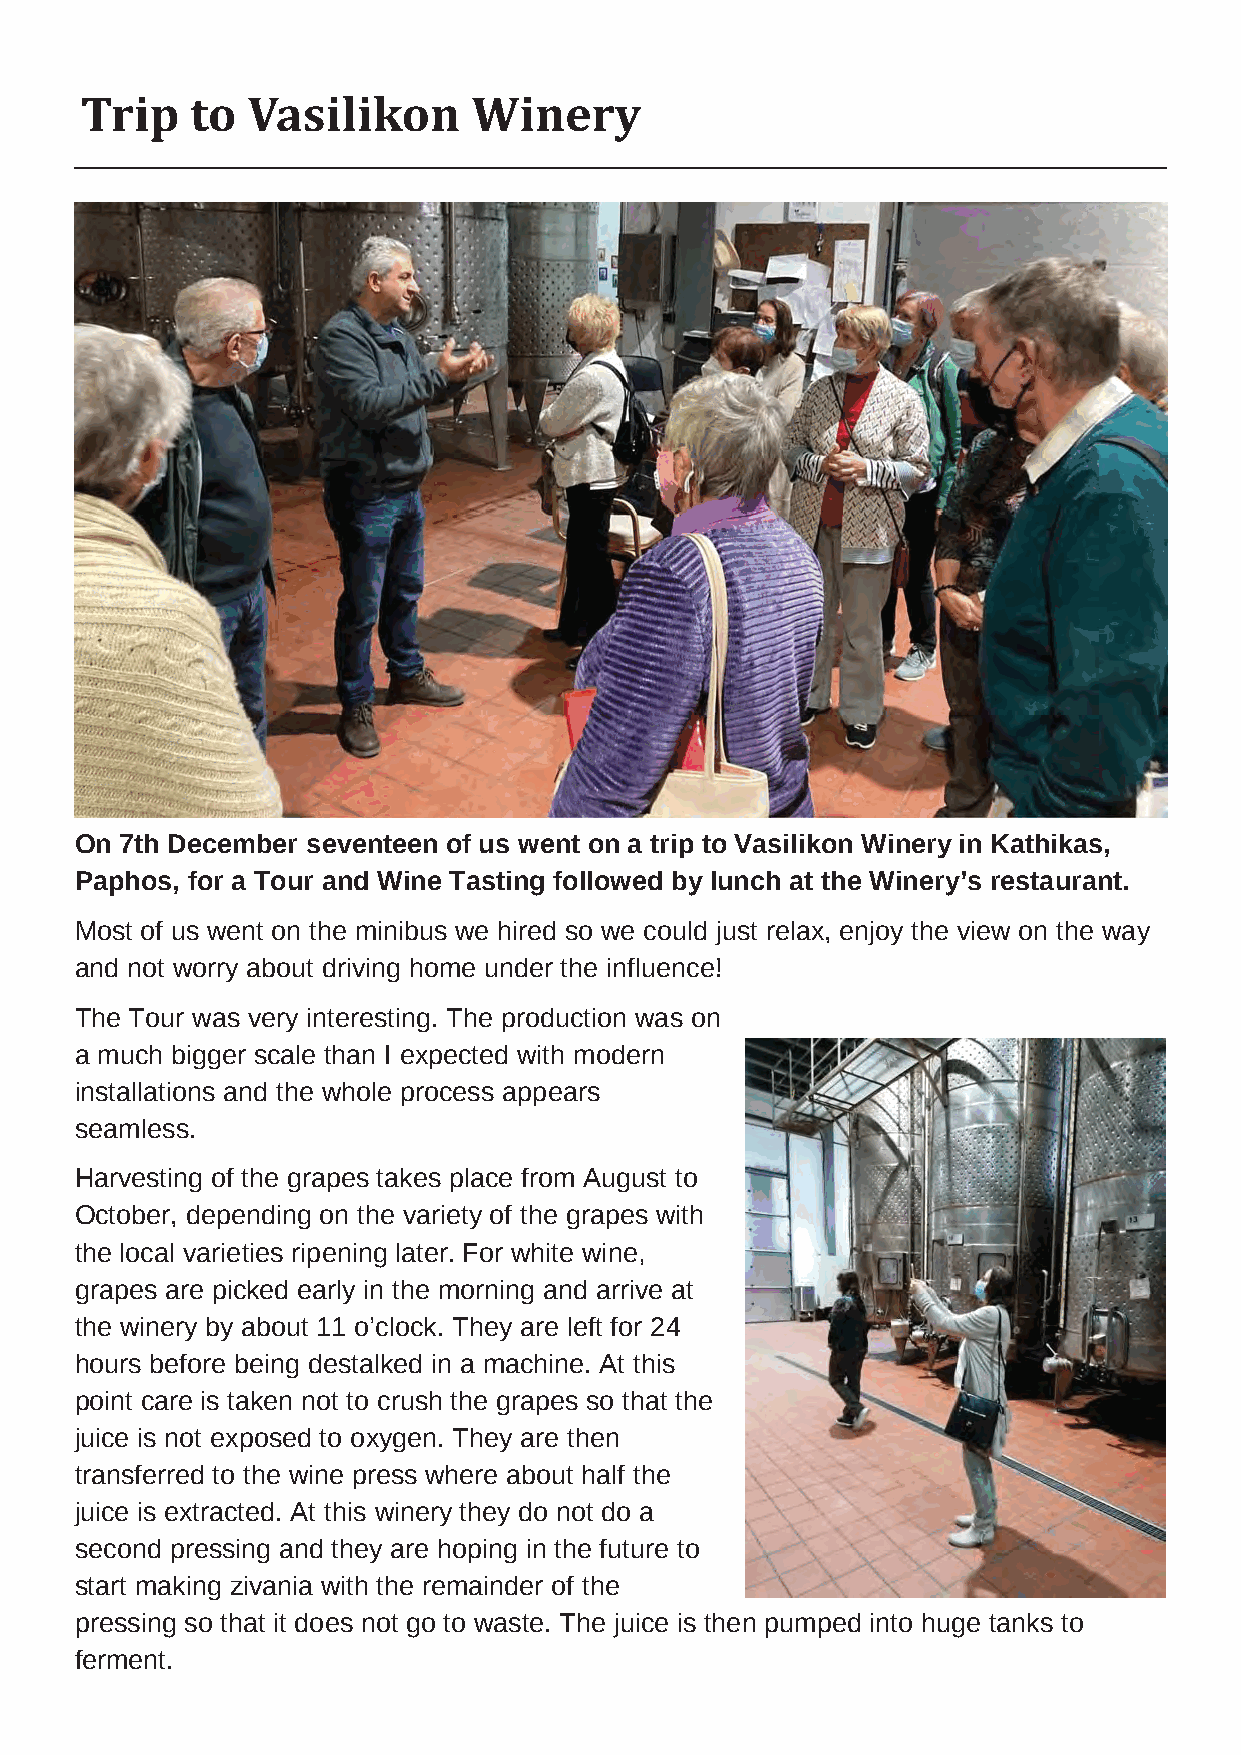
Trip    to Vasilikon      Winery
 On 7th December seventeen of us went on a trip to Vasilikon Winery in Kathikas,
 Paphos, for a Tour and Wine Tasting followed by lunch at the Winery’s restaurant.
 Most of us went on the minibus we hired so we could just relax, enjoy the view on the way
 and not worry about driving home under the influence!
 The Tour was very interesting. The production was on
 a much bigger scale than I expected with modern
 installations and the whole process appears
 seamless.
 Harvesting of the grapes takes place from August to
 October, depending on the variety of the grapes with
 the local varieties ripening later. For white wine,
 grapes are picked early in the morning and arrive at
 the winery by about 11 o’clock. They are left for 24
 hours before being destalked in a machine. At this
 point care is taken not to crush the grapes so that the
 juice is not exposed to oxygen. They are then
 transferred to the wine press where about half the
 juice is extracted. At this winery they do not do a
 second pressing and they are hoping in the future to
 start making zivania with the remainder of the
 pressing so that it does not go to waste. The juice is then pumped into huge tanks to
 ferment.